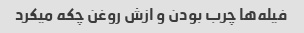
فیله‌ها چرب بودن و ازش روغن چکه میکرد